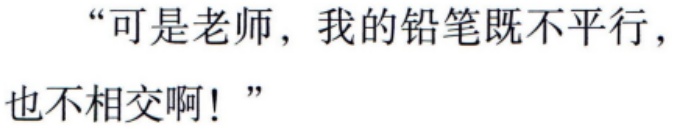
“可是老师，我的铅笔既不平行，也不相交啊！”